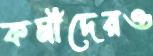
কর্মীদেরও